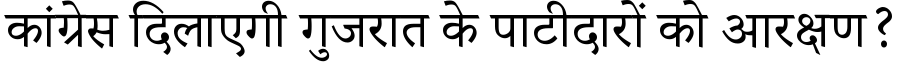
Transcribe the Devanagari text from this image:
कांग्रेस दिलाएगी गुजरात के पाटीदारों को आरक्षण?